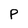
Character: P